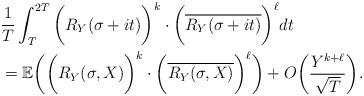
LaTeX: \begin{align*}& \frac{1}{T}\int_{T}^{2T} \bigg (R_Y(\sigma+it)\bigg)^{k}\cdot \bigg (\overline{R_Y(\sigma+it)} \bigg )^{\ell} dt\\ & = \mathbb{E} \bigg( \bigg(R_Y(\sigma,X)\bigg)^{k}\cdot \bigg (\overline{R_Y(\sigma,X)}\bigg )^{\ell}\bigg ) + O \bigg ( \frac{Y^{k + \ell}}{\sqrt{T}} \bigg ). \end{align*}